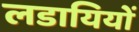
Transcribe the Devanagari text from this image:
लडायियों